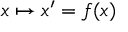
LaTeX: x \mapsto x ^ { \prime } = f ( x )